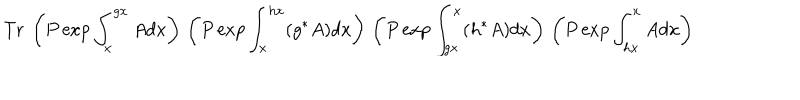
LaTeX: \mathrm { T r ~ } \left( P \exp \int _ { x } ^ { g x } A d x \right) \, \left( P \exp \int _ { x } ^ { h x } ( g ^ { * } A ) d x \right) \, \left( P \exp \int _ { g x } ^ { x } ( h ^ { * } A ) d x \right) \, \left( P \exp \int _ { h x } ^ { x } A d x \right)